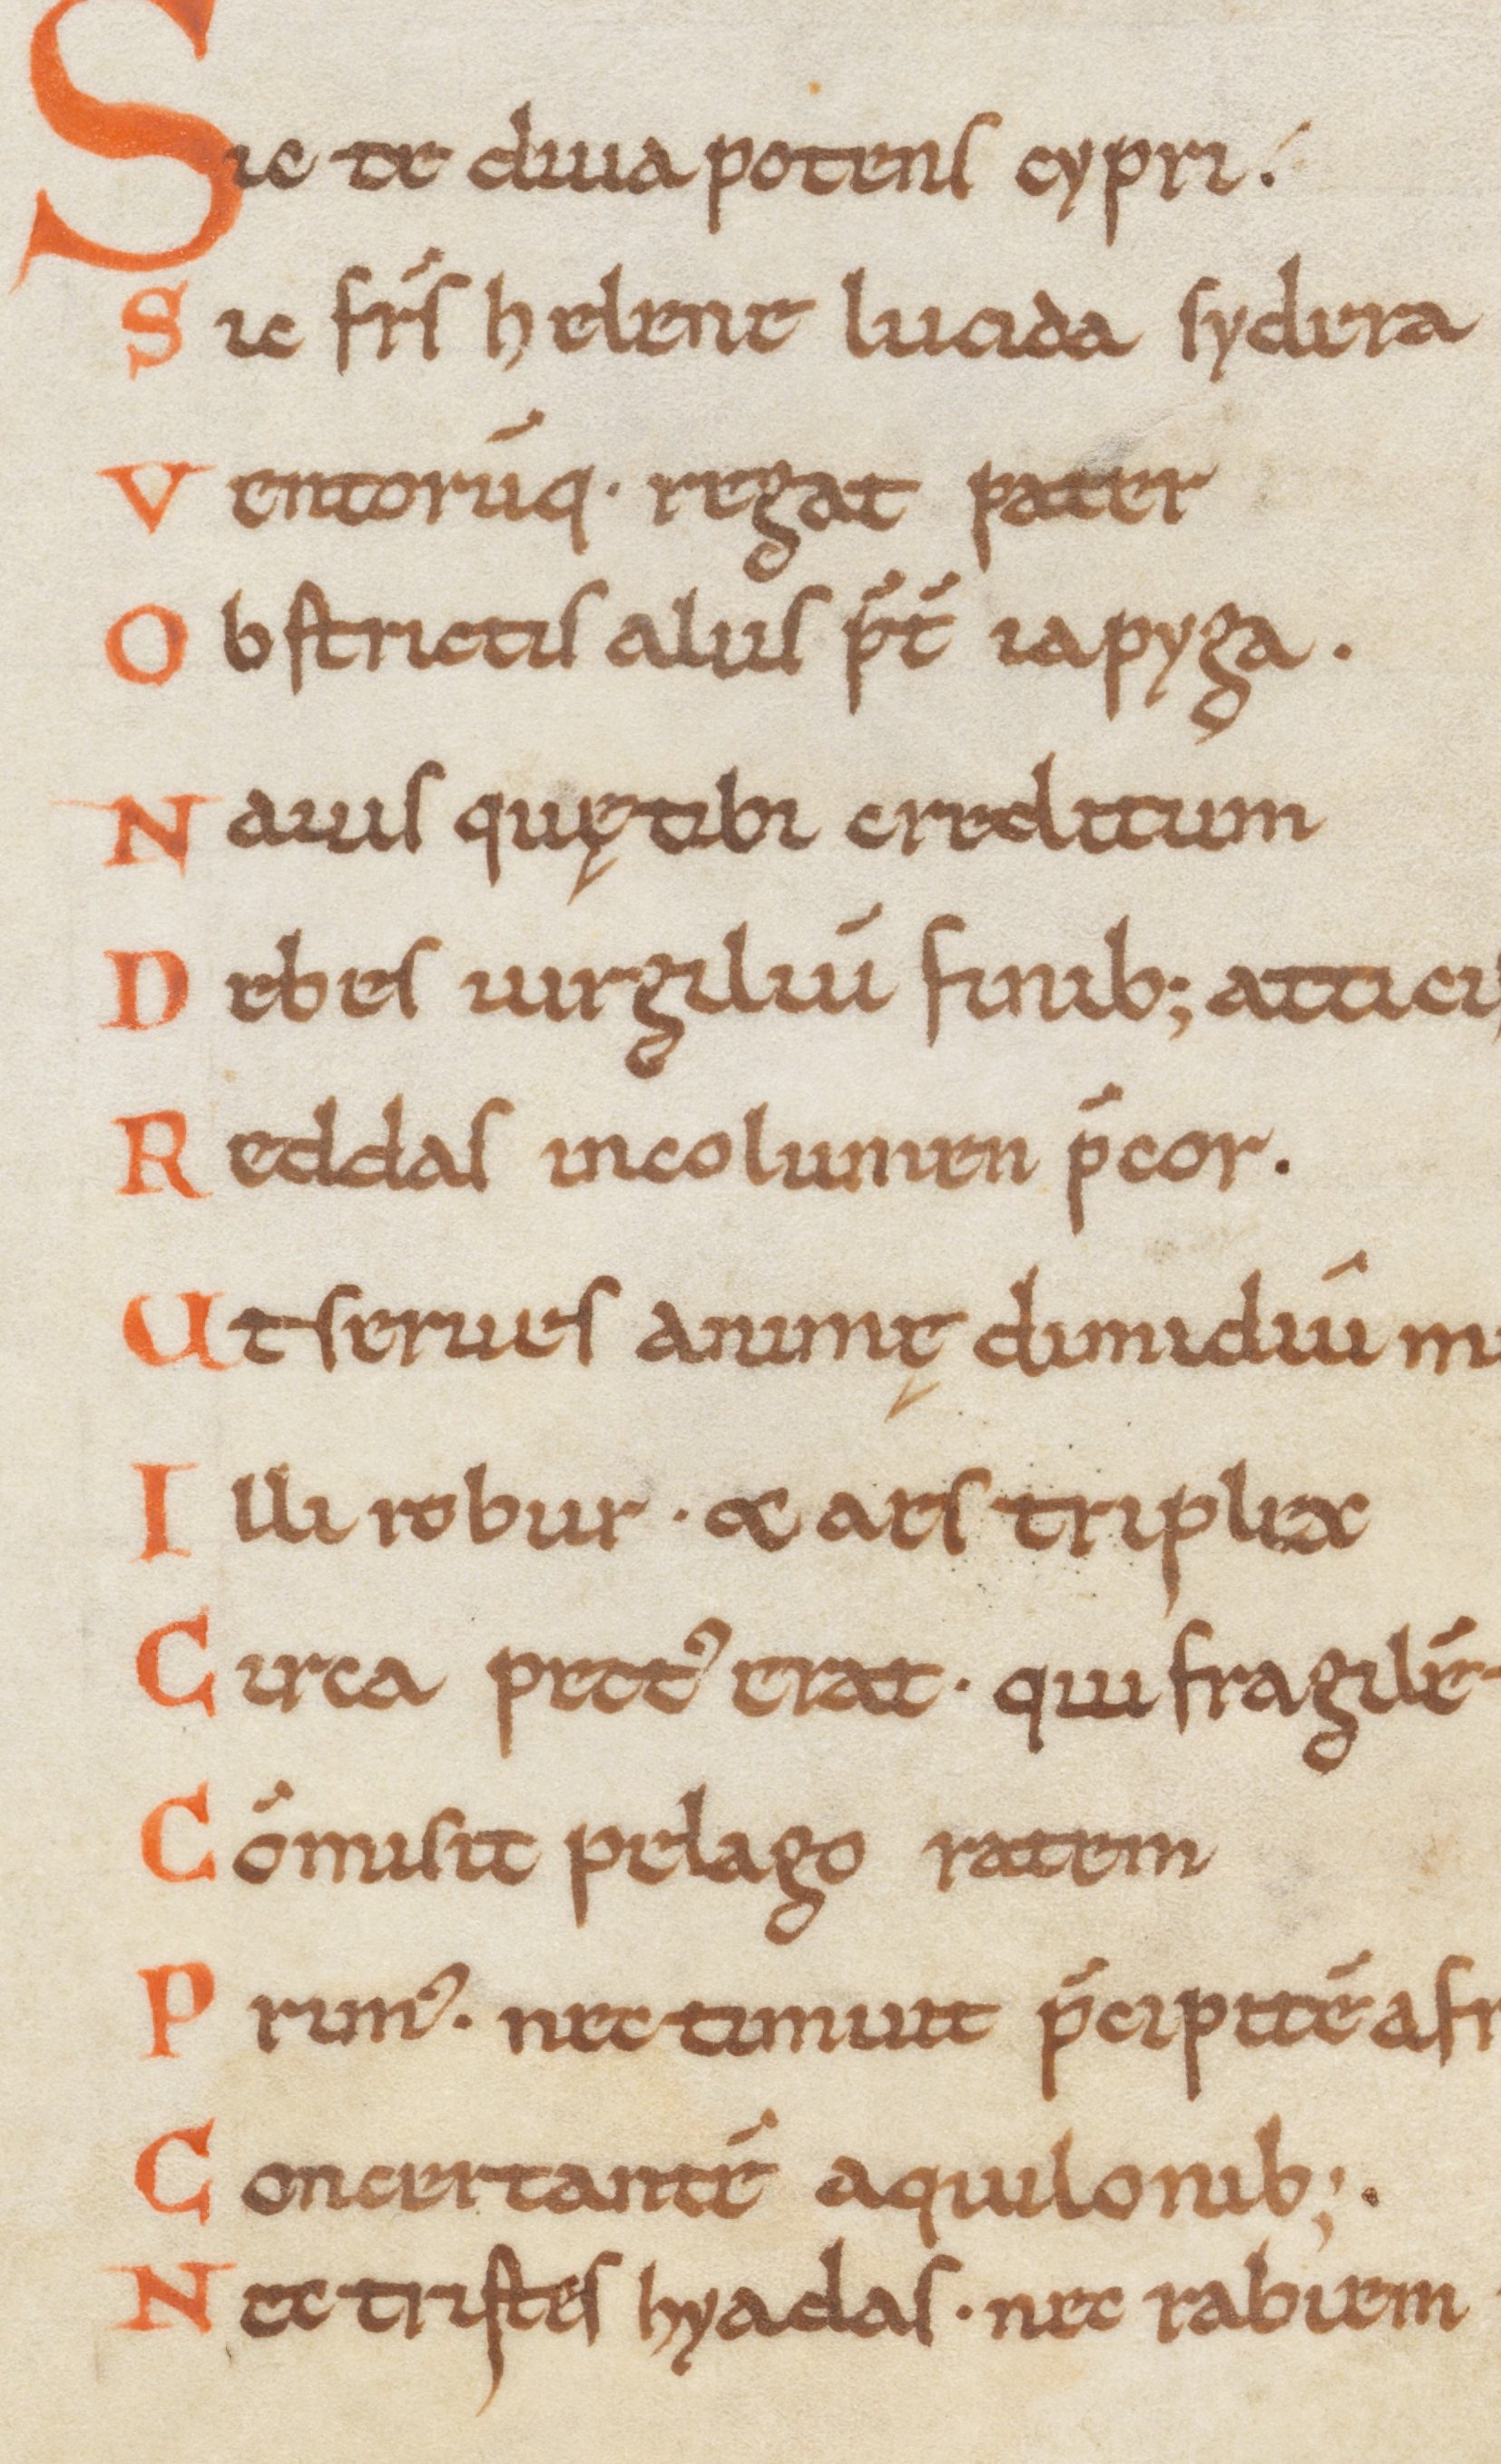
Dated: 1000–1099